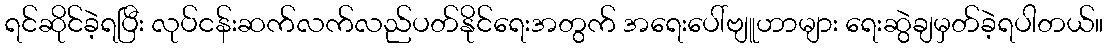
ရင်ဆိုင်ခဲ့ရပြီး လုပ်ငန်းဆက်လက်လည်ပတ်နိုင်ရေးအတွက် အရေးပေါ်ဗျူဟာများ ရေးဆွဲချမှတ်ခဲ့ရပါတယ်။